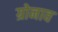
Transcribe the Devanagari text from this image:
ग्रोनाव